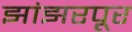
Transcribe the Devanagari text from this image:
झांझरपूर